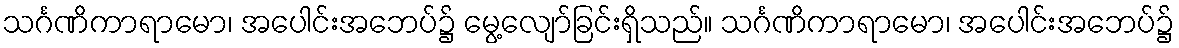
သင်္ဂဏိကာရာမော၊ အပေါင်းအဘေပ်၌ မွေ့လျော်ခြင်းရှိသည်။ သင်္ဂဏိကာရာမော၊ အပေါင်းအဘေပ်၌